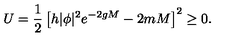
U = \frac { 1 } { 2 } \left[ h | \phi | ^ { 2 } e ^ { - 2 g M } - 2 m M \right] ^ { 2 } \geq 0 .